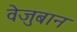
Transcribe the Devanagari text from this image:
वेजुबान